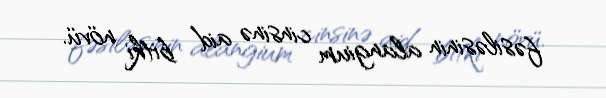
fəsiləsinin alangium cinsinə aid bitki növü.